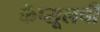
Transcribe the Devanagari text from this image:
कॅप्सूलची